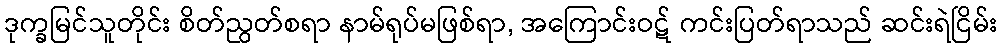
ဒုက္ခမြင်သူတိုင်း စိတ်ညွတ်စရာ နာမ်ရုပ်မဖြစ်ရာ, အကြောင်းဝဋ် ကင်းပြတ်ရာသည် ဆင်းရဲငြိမ်း